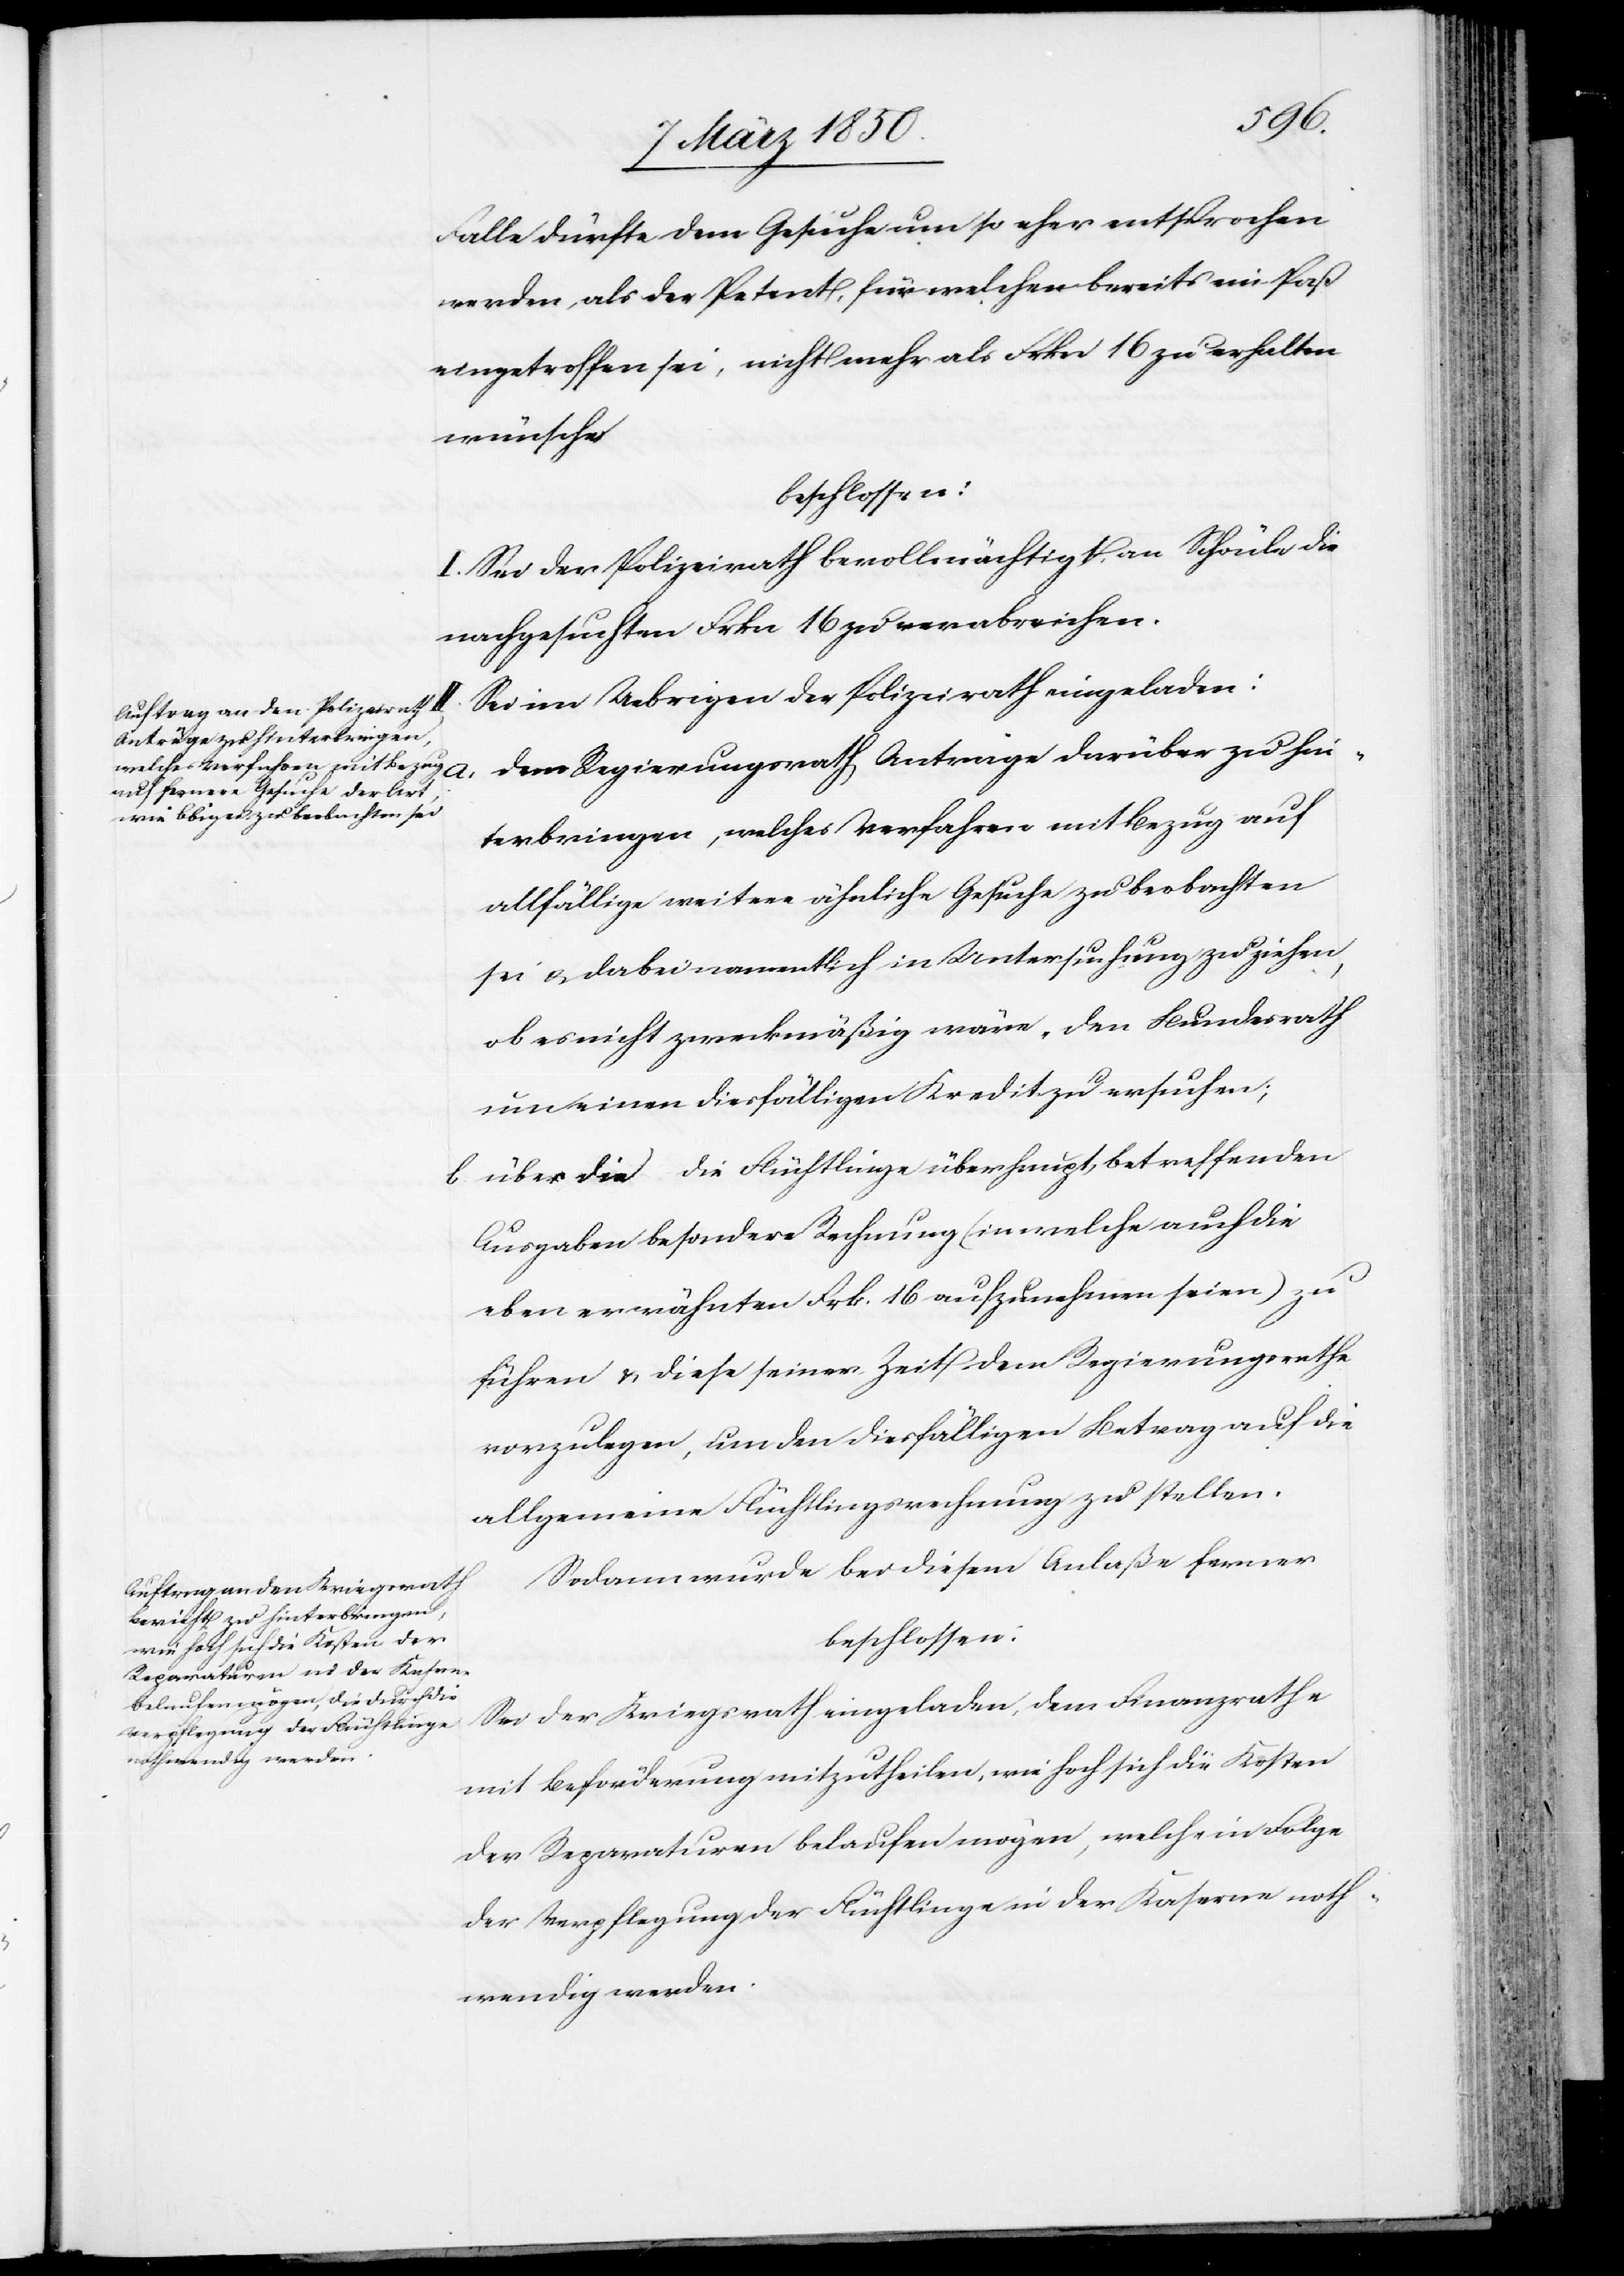
Falle dürfte dem Gesuche um so eher entsprochen
werden, als der Petent, für welchen bereits ein Paß
eingetroffen sei, nicht mehr als Frkn 16 zu erhalten
wünsche
beschlossen:
I. Sei der Polizeirath bevollmächtigt, an Schönle die
nachgesuchten Frkn 16 zu verabreichen.
Sei im Uebrigen der Polizeirath eingeladen:
Dem Regierungsrath Anträge darüber zu hin¬
terbringen, welches Verfahren mit Bezug auf
allfällige weitere ähnliche Gesuche zu beobachten
sei u. dabei namentlich in Untersuchung zu ziehen,
ob es nicht zweckmäßig wäre, den Bundesrath
um einen diesfälligen Kredit zu ersuchen;
b. über die die Flüchtlinge überhaupt betreffenden
Ausgaben besondere Rechnung (in welche auch die
eben erwähnten Frk. 16 aufzunehmen seien) zu
führen u. diese seiner Zeit dem Regierungsrathe
vorzulegen, um den diesfälligen Betrag auf die
allgemeine Flüchtlingsrechnung zu stellen.
Sodann wurde bei diesem Anlaße ferner
beschlossen:
Sei der Kriegsrath eingeladen, dem Finanzrathe
mit Beförderung mitzutheilen, wie hoch sich die Kosten
der Reparaturen belaufen mögen, welche in Folge
der Verpflegung der Flüchtlinge in der Kaserne noth¬
wendig werden.